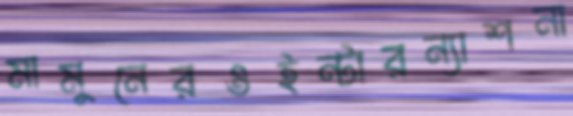
মামুনেরওইন্টারন্যাশনা